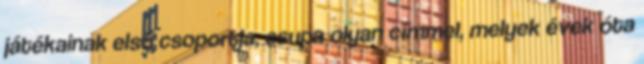
játékainak első csoportja, csupa olyan címmel, melyek évek óta